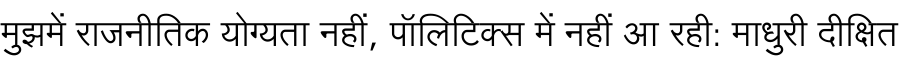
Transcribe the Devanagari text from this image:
मुझमें राजनीतिक योग्यता नहीं, पॉलिटिक्स में नहीं आ रही: माधुरी दीक्षित